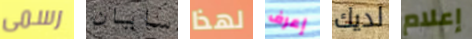
رسمى سايان لهذا إعرف لديك إعلام